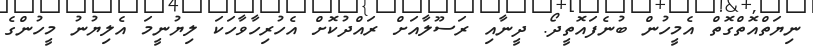
ނިޔަތްއޮތްގޮތް އެމީހުން ބުނެފައޮތީދޯ. ދީނާއި ރަސޫލާއަށް ރައްދުކޮށް އެހުރިހާވާހަކަ ލިޔުނީމަ އެލިޔުނު މީހުންގެ